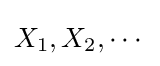
X_{1},X_{2},\cdots